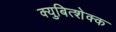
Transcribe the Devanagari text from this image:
क्युबित्शेक्क